Juri_Uluots, lk 50
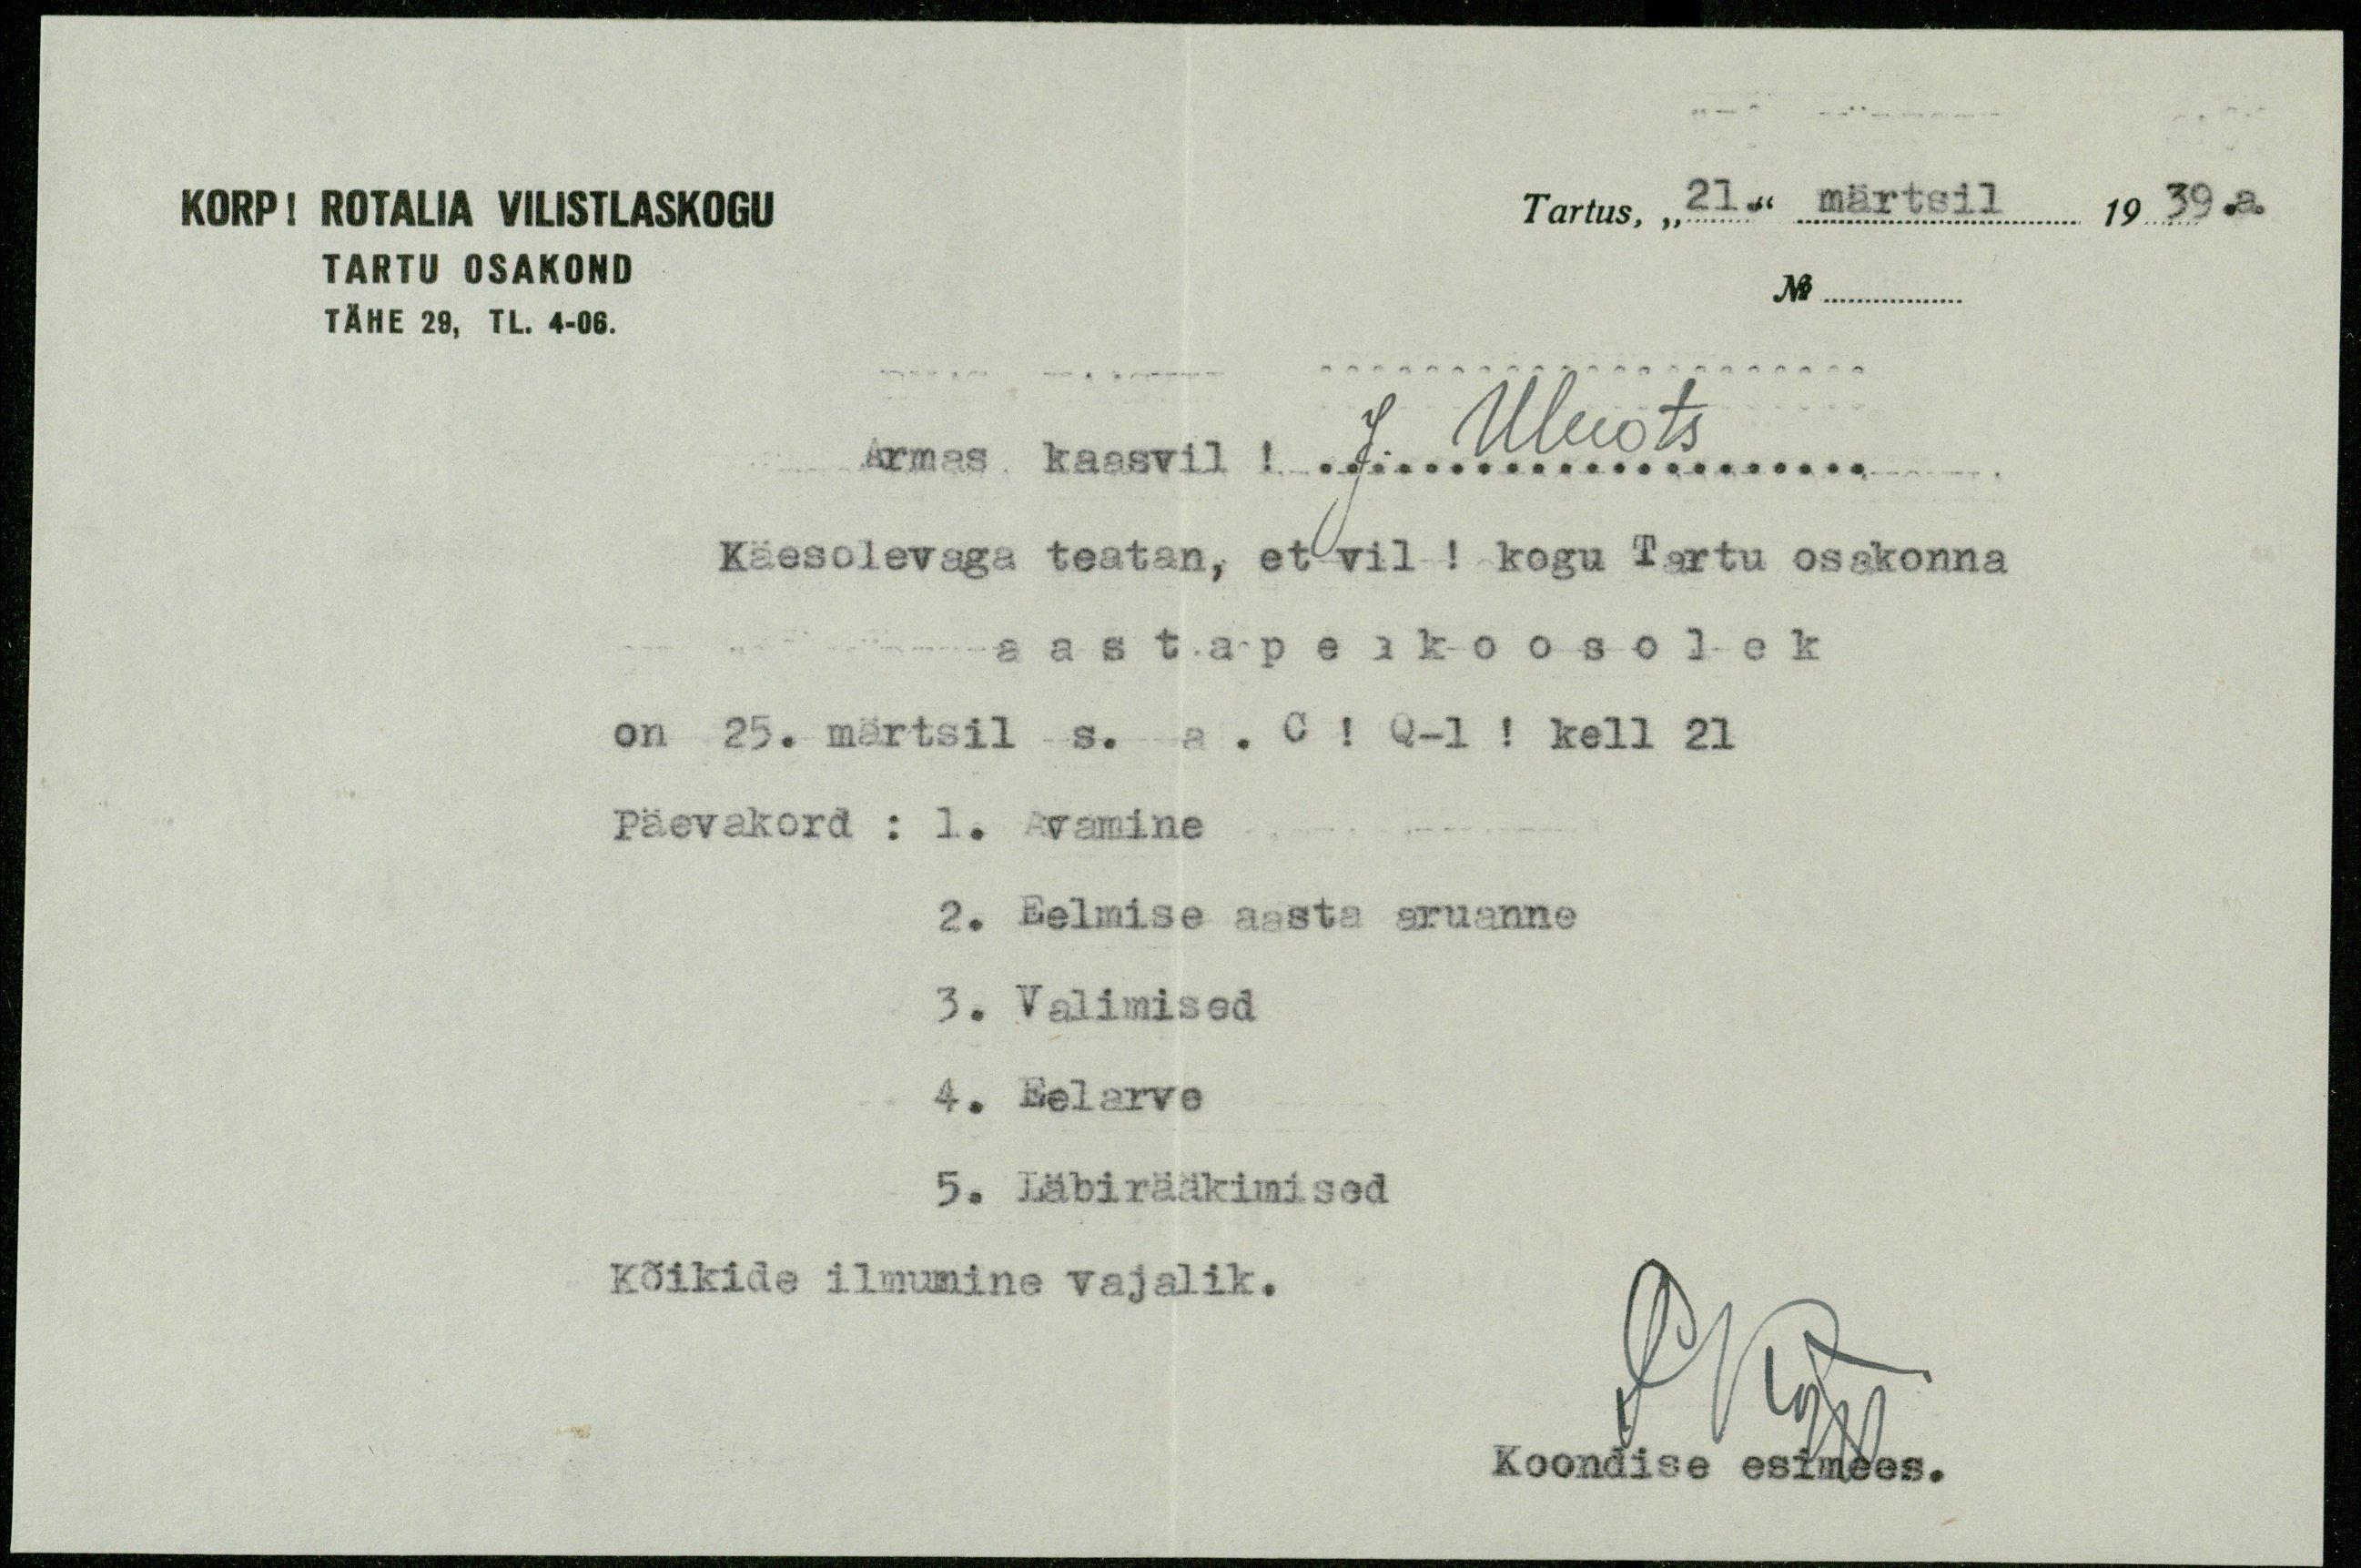
KORP ! ROTALIA VILISTLASKOGU
Tartus, "21." märtsil 1939.a.
TARTU OSAKOND
No.
TÄHE 29, TL. 4-06.
Armas kaasvil ! J. Uluots
Käesolevaga teatan, et vil ! kogu Tartu osakonna
aastapeakoosolek
on 25. märtsil s. a. C ! Q-l ! kell 21
Päevakord: 1. Avamine
2. Eelmise aasta aruanne
3. Valimised
4. Eelarve
5. Läbirääkimised
Kõikide ilmumine vajalik.
PKõpp
Koondise esimees.